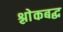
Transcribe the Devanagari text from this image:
श्लाेकबद्ध